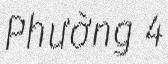
Phường 4